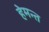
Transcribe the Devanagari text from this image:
हेमन्‍त